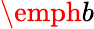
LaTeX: \emph{b}